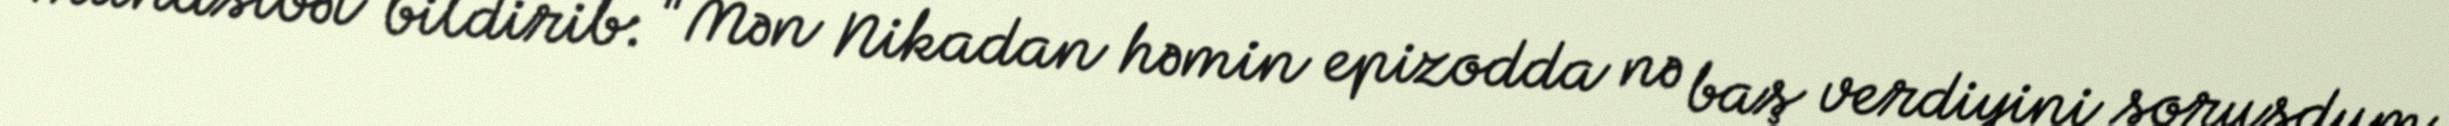
münasibət bildirib: "Mən Nikadan həmin epizodda nə baş verdiyini soruşdum.